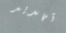
تهديد